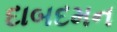
દાબદમન